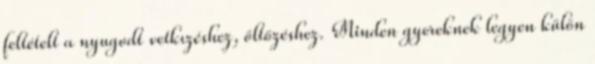
feltételt a nyugodt vetkızéshez, öltözéshez. Minden gyereknek legyen külön